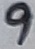
Text: 9